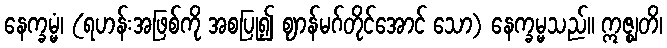
နေက္ခမ္မံ၊ (ရဟန်းအဖြစ်ကို အစပြု၍ ဈာန်မဂ်တိုင်အောင် သော) နေက္ခမ္မသည်။ ဣဇ္ဈတိ၊